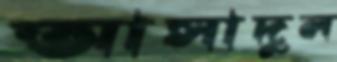
আসাদুল